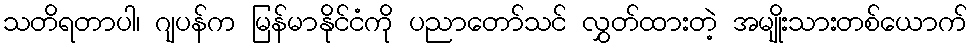
သတိရတာပါ၊ ဂျပန်က မြန်မာနိုင်ငံကို ပညာတော်သင် လွှတ်ထားတဲ့ အမျိုးသားတစ်ယောက်